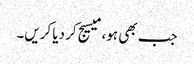
جب بھی ہو، میسیج کر دیا کریں۔